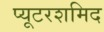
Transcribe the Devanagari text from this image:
प्यूटरशमिद